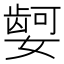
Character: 𫱿